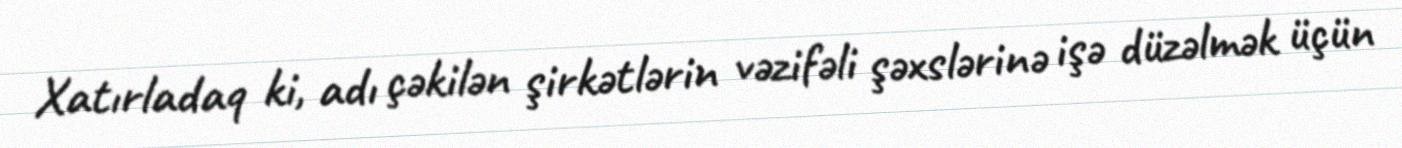
Xatırladaq ki, adı çəkilən şirkətlərin vəzifəli şəxslərinə işə düzəlmək üçün